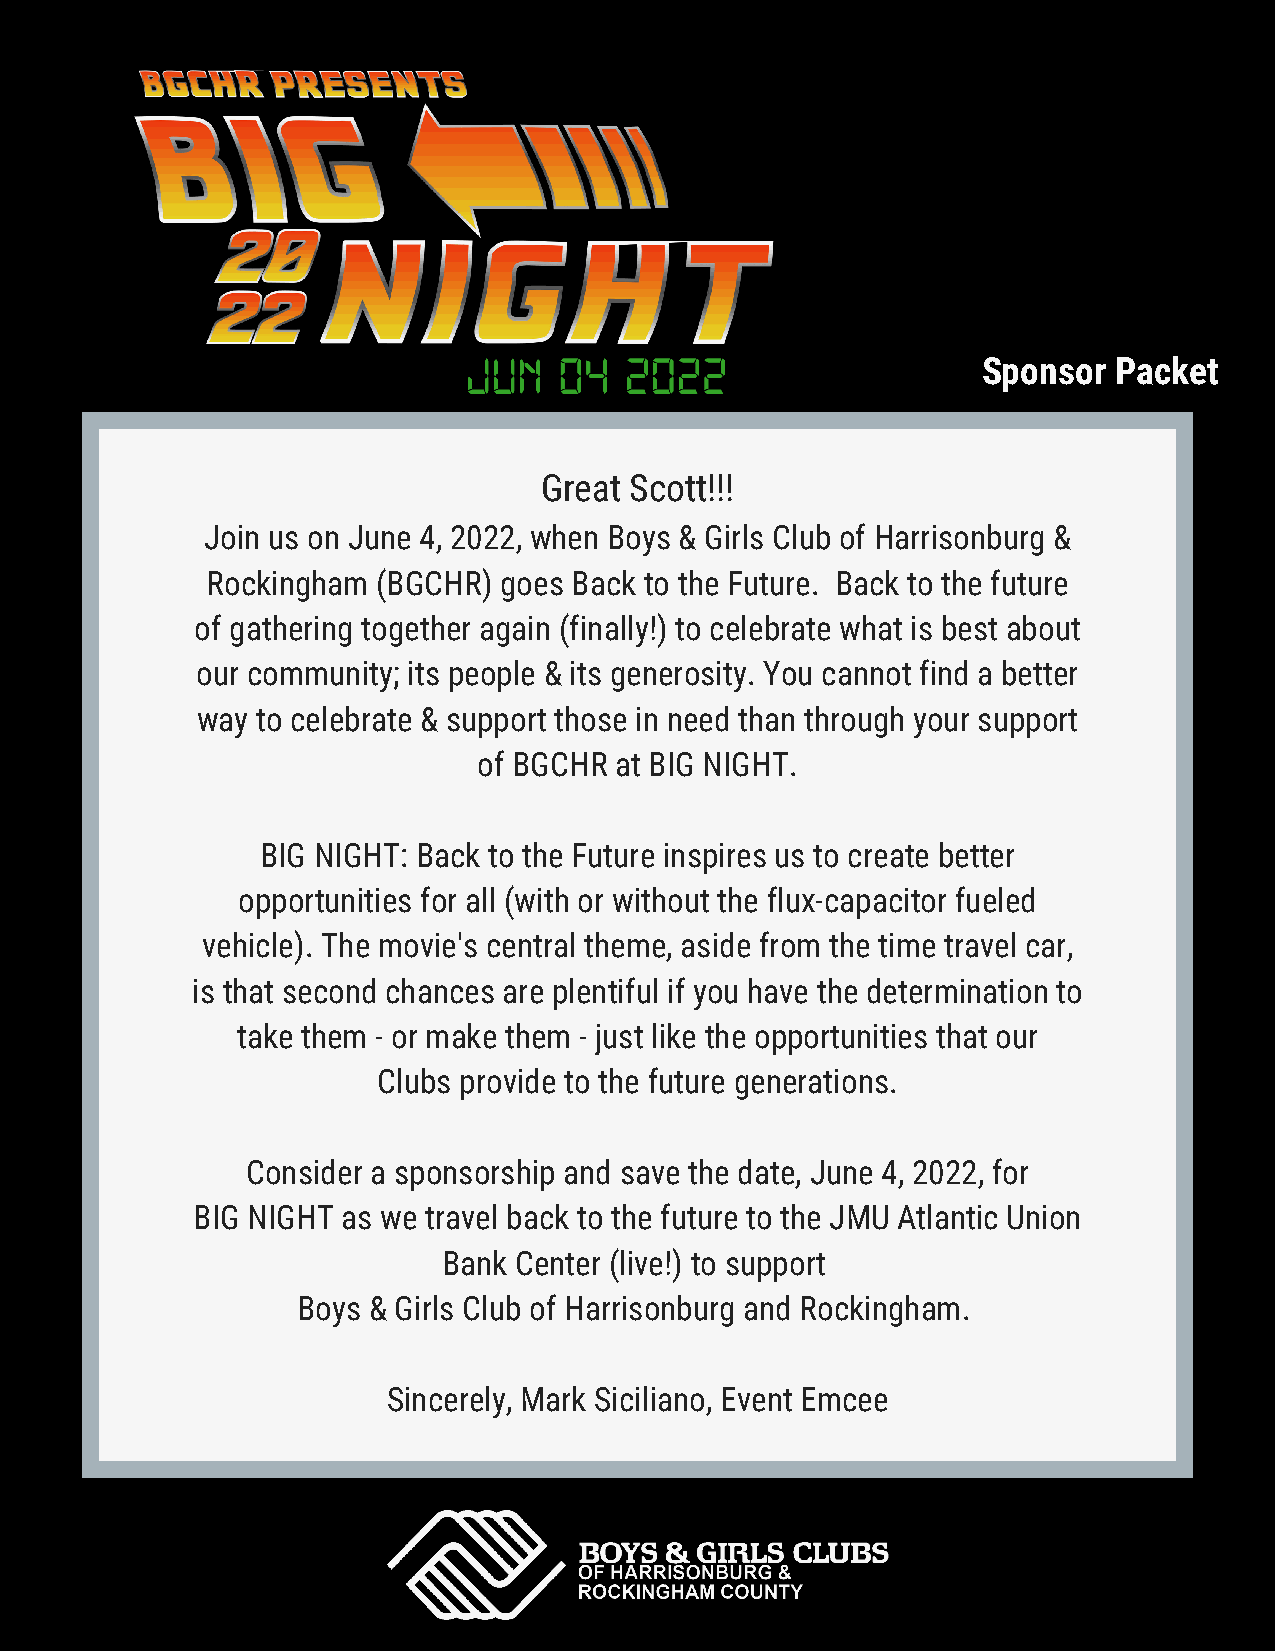
Sponsor  Packet
 Great Scott!!!
 Join us on June 4, 2022, when Boys & Girls Club of Harrisonburg &
 Rockingham (BGCHR) goes Back to the Future. Back to the future
 of gathering together again (finally!) to celebrate what is best about
 our community; its people & its generosity. You cannot find a better
 way to celebrate & support those in need than through your support
 of BGCHR at BIG NIGHT.
 BIG NIGHT: Back to the Future inspires us to create better
 opportunities for all (with or without the flux-capacitor fueled
 vehicle). The movie's central theme, aside from the time travel car,
 is that second chances are plentiful if you have the determination to
 take them - or make them - just like the opportunities that our
 Clubs provide to the future generations.
 Consider a sponsorship and save the date, June 4, 2022, for
 BIG NIGHT as we travel back to the future to the JMU Atlantic Union
 Bank Center (live!) to support
 Boys & Girls Club of Harrisonburg and Rockingham.
 Sincerely, Mark Siciliano, Event Emcee